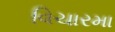
વિચારમા